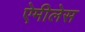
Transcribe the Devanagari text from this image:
ऐमीलेस